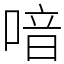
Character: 喑